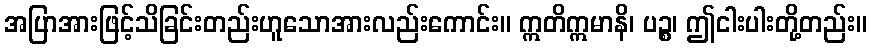
အပြာအားဖြင့်သိခြင်းတည်းဟူသောအားလည်းကောင်း။ ဣတိဣမာနိ၊ ပဉ္စ၊ ဤငါးပါးတို့တည်း။